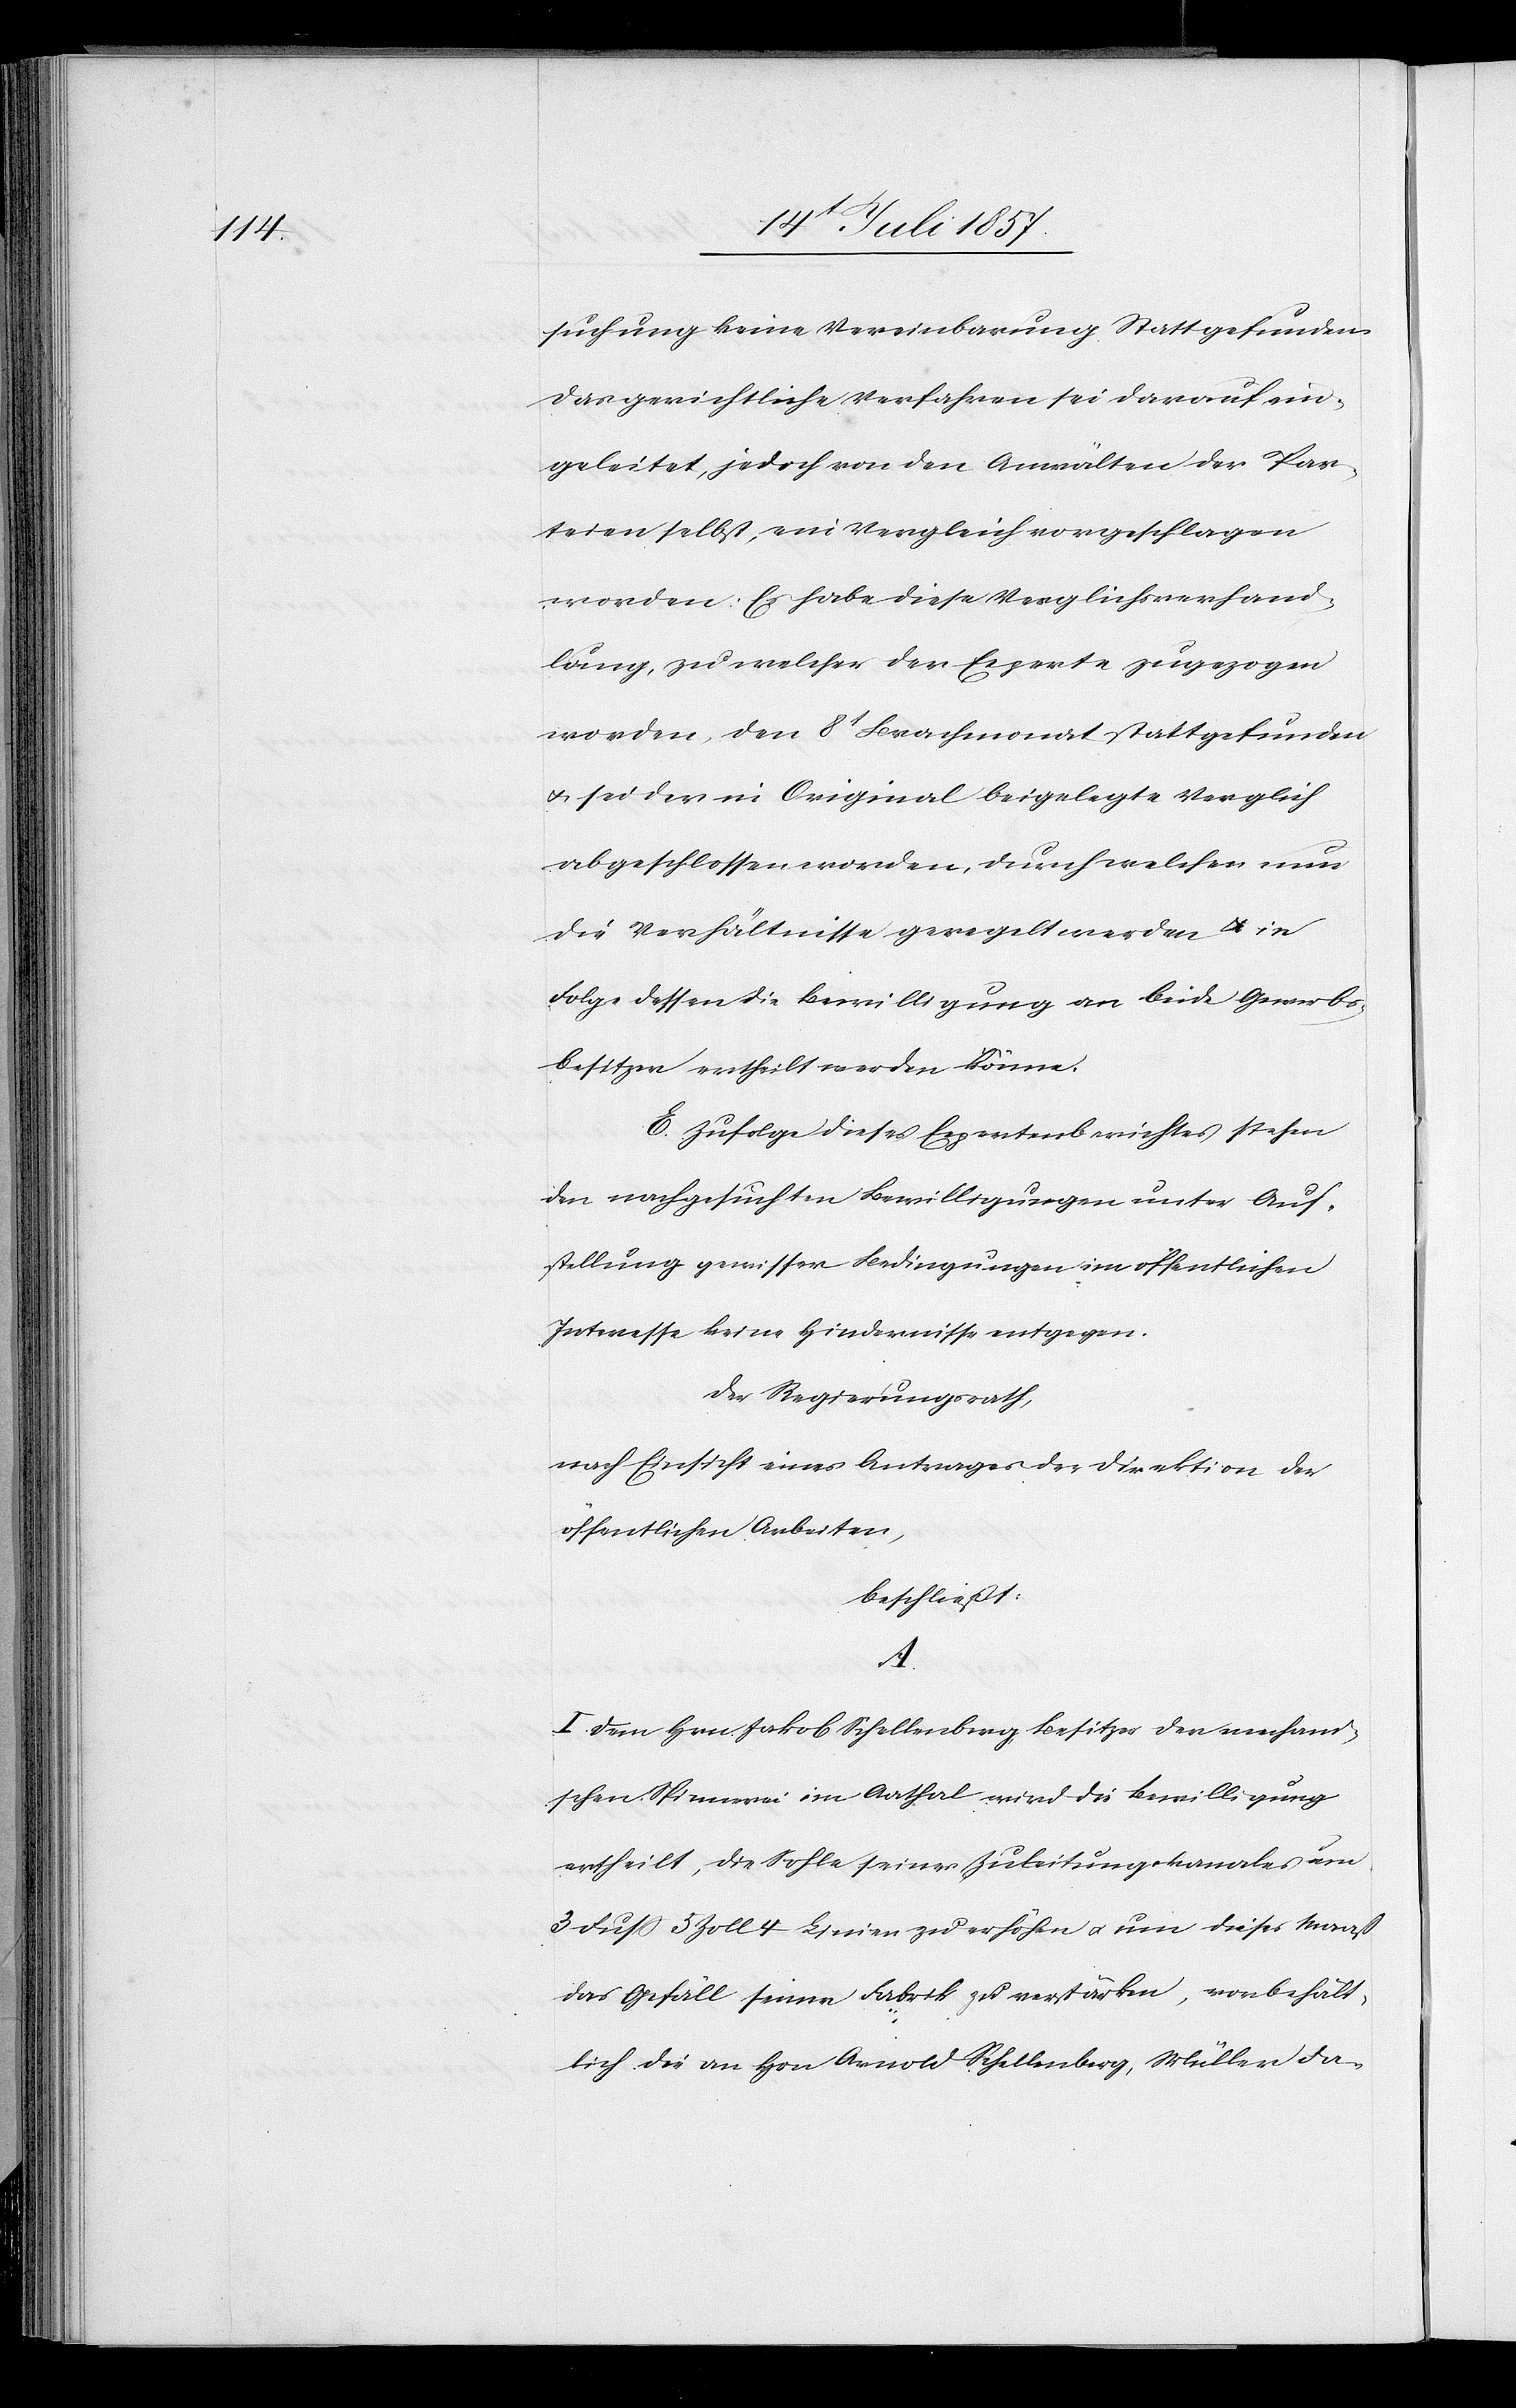
suchung keine Vereinbarung Statt gefunden.
Das gerichtliche Verfahren sei darauf ein¬
geleitet, jedoch von den Anwälten der Par¬
teien selbst, ein Vergleich vorgeschlagen
worden. Es habe diese Verpflichtungshand¬
lung, zu welcher der Experte zugezogen
worden, den 8t Brachmonat stattgefunden
& sei der in Original beigelegte Vergleich
abgeschlossen worden, durch welchen nun
die Verhältnisse geregelt & in F¬
olge dessen die Bewilligung an beide Gewerbs¬
besitzer ertheilt werden könne.
E. Zufolge dieses Expertenberichtes stehen
den nachgesuchten Bewilligungen unter Auf¬
stellung gewisser Bedingungen im öffentlichen
Interesse keine Hindernisse entgegen.
Der Regierungsrath,
nach Einsicht eines Antrages der Direktion der
öffentlichen Arbeiten,
beschließt:
A.
I. Dem Hrn. Jakob Schellenberg, Besitzer der mechani¬
schen Spinnerei im Aathal wird die Bewilligung
ertheilt, die Sohle seines Zuleitungskanales um
3 Fuß 5 Zoll 4 Linien zu erhöhen & um dieses Maaß
das Gefäll seiner Fabrik zu verstärken, vorbehält¬
lich die an Hrn. Arnold Schellenberg, Müller da-